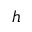
h